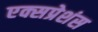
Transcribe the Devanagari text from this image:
एक्सप्रेशंस